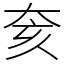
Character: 奒